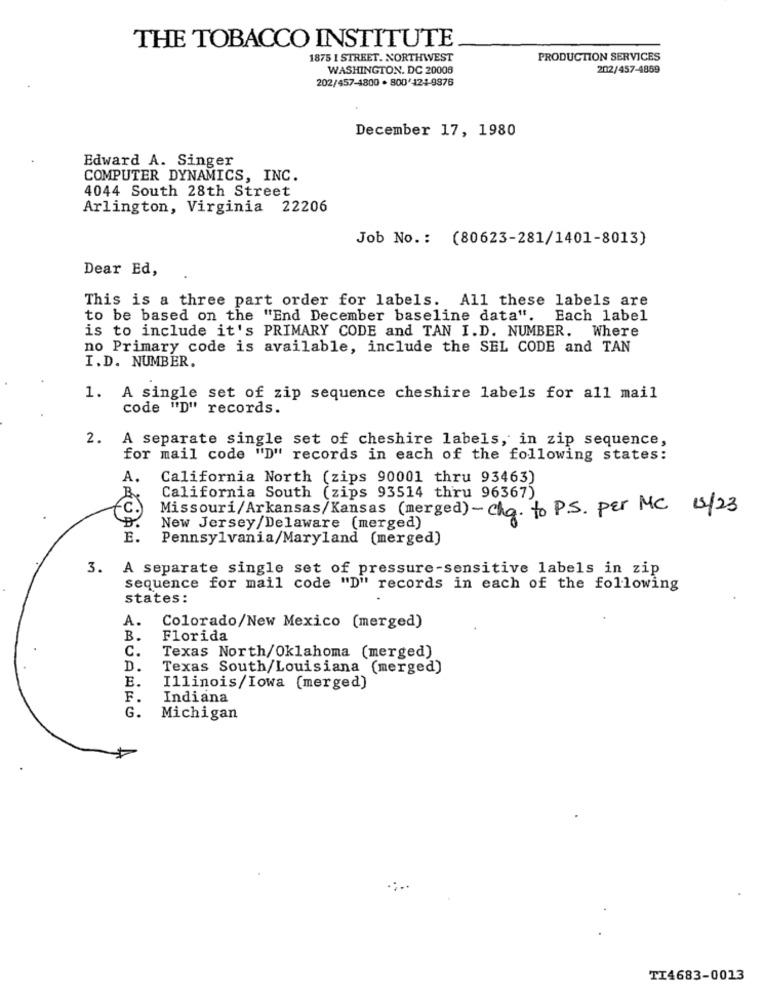
THE TOBACCO INSTITUTE
1875 I STREET. NORTHWEST
PRODUCTION SERVICES
WASHINGTON, DC 20008
202/457-4869
202/457-4800 · 800'124-9876
December 17, 1980
Edward A. Singer
COMPUTER DYNAMICS, INC.
4044 South 28th Street
Arlington, Virginia 22206
Job No .: (80623-281/1401-8013)
Dear Ed,
This is a three part order for labels. All these labels are
to be based on the "End December baseline data".
Each label
is to include it's PRIMARY CODE and TAN I.D. NUMBER. Where
no Primary code is available, include the SEL CODE and TAN
I.D. NUMBER.
1. A single set of zip sequence cheshire labels for all mail
code "D" records.
2. A separate single set of cheshire labels, in zip sequence,
for mail code "D" records in each of the following states:
A.
California North (zips 90001 thru 93463)
California South (zips 93514 thru 96367)
FC.
Missouri/Arkansas/Kansas (merged)- cha. to P.S. per MC 15/23
New Jersey/Delaware (merged)
E.
Pennsylvania/Maryland (merged)
3. A separate single set of pressure-sensitive labels in zip
sequence for mail code "D" records in each of the following
states:
A.
Colorado/New Mexico (merged)
B.
Florida
C.
Texas North/Oklahoma (merged)
D.
Texas South/Louisiana (merged)
E.
Illinois/Iowa (merged)
F.
Indiana
G.
Michigan
TI4683-0013